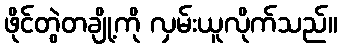
ဖိုင်တွဲတချို့ကို လှမ်းယူလိုက်သည်။